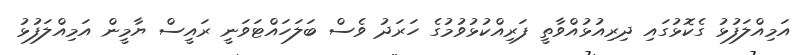
އަމިއްލަފުޅު ގެކޮޅުގައި ދިރިއުޅުއްވާތީ ފަރިއްކުޅުވުމުގެ ހަރަދު ވެސް ބަލަހައްޓަވަނީ ރައީސް ޔާމީން އަމިއްލަފުޅު